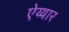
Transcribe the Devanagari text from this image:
ऐय्यार